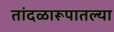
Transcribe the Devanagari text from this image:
तांदळारूपातल्या